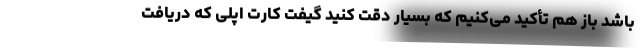
باشد باز هم تأکید می‌کنیم که بسیار دقت کنید گیفت کارت اپلی که دریافت